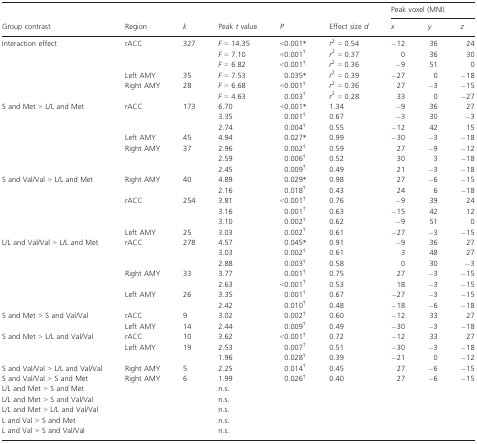
<table><thead><tr><td></td><td></td><td></td><td></td><td></td><td></td><td colspan="3"><b>Peak voxel (MNI)</b></td></tr><tr><td><b>Group contrast</b></td><td><b>Region</b></td><td><b><i>k</i></b></td><td><b>Peak <i>t</i> value</b></td><td><b><i>P</i></b></td><td><b>Effect size <i>d</i></b></td><td><b><i>x</i></b></td><td><b><i>y</i></b></td><td><b><i>z</i></b></td></tr></thead><tbody><tr><td rowspan="6">Interaction effect</td><td rowspan="3">rACC</td><td rowspan="3">327</td><td><i>F</i> =14.35</td><td>&lt;0.001*</td><td><i>r</i><sup>2</sup> = 0.54</td><td>−12</td><td>36</td><td>24</td></tr><tr><td><i>F</i> =7.10</td><td>&lt;0.001†</td><td><i>r</i><sup>2</sup> = 0.37</td><td>0</td><td>36</td><td>30</td></tr><tr><td><i>F</i> =6.82</td><td>&lt;0.001†</td><td><i>r</i><sup>2</sup> = 0.36</td><td>−9</td><td>51</td><td>0</td></tr><tr><td>Left AMY</td><td>35</td><td><i>F</i> =7.53</td><td>0.035*</td><td><i>r</i><sup>2</sup> = 0.39</td><td>−27</td><td>0</td><td>−18</td></tr><tr><td rowspan="2">Right AMY</td><td rowspan="2">28</td><td><i>F</i> =6.68</td><td>&lt;0.001†</td><td><i>r</i><sup>2</sup> = 0.36</td><td>27</td><td>−3</td><td>−15</td></tr><tr><td><i>F</i> =4.63</td><td>0.003†</td><td><i>r</i><sup>2</sup> = 0.28</td><td>33</td><td>0</td><td>−27</td></tr><tr><td rowspan="7">S and Met &gt; L/L and Met</td><td rowspan="3">rACC</td><td rowspan="3">173</td><td>6.70</td><td>&lt;0.001*</td><td>1.34</td><td>−9</td><td>36</td><td>27</td></tr><tr><td>3.35</td><td>0.001†</td><td>0.67</td><td>−3</td><td>30</td><td>−3</td></tr><tr><td>2.74</td><td>0.004†</td><td>0.55</td><td>−12</td><td>42</td><td>15</td></tr><tr><td>Left AMY</td><td>45</td><td>4.94</td><td>0.027*</td><td>0.99</td><td>−30</td><td>−3</td><td>−18</td></tr><tr><td rowspan="3">Right AMY</td><td rowspan="3">37</td><td>2.96</td><td>0.002†</td><td>0.59</td><td>27</td><td>−9</td><td>−12</td></tr><tr><td>2.59</td><td>0.006†</td><td>0.52</td><td>30</td><td>3</td><td>−18</td></tr><tr><td>2.45</td><td>0.009†</td><td>0.49</td><td>21</td><td>−3</td><td>−18</td></tr><tr><td rowspan="6">S and Val/Val &gt; L/L and Met</td><td rowspan="2">Right AMY</td><td rowspan="2">40</td><td>4.89</td><td>0.029*</td><td>0.98</td><td>27</td><td>−6</td><td>−15</td></tr><tr><td>2.16</td><td>0.018†</td><td>0.43</td><td>24</td><td>6</td><td>−18</td></tr><tr><td rowspan="3">rACC</td><td rowspan="3">254</td><td>3.81</td><td>&lt;0.001†</td><td>0.76</td><td>−9</td><td>39</td><td>24</td></tr><tr><td>3.16</td><td>0.001†</td><td>0.63</td><td>−15</td><td>42</td><td>12</td></tr><tr><td>3.10</td><td>0.002†</td><td>0.62</td><td>−9</td><td>51</td><td>0</td></tr><tr><td>Left AMY</td><td>25</td><td>3.03</td><td>0.002†</td><td>0.61</td><td>−27</td><td>−3</td><td>−15</td></tr><tr><td rowspan="7">L/L and Val/Val &gt; L/L and Met</td><td rowspan="3">rACC</td><td rowspan="3">278</td><td>4.57</td><td>0.045*</td><td>0.91</td><td>−9</td><td>36</td><td>27</td></tr><tr><td>3.03</td><td>0.002†</td><td>0.61</td><td>3</td><td>48</td><td>27</td></tr><tr><td>2.88</td><td>0.003†</td><td>0.58</td><td>0</td><td>30</td><td>−3</td></tr><tr><td rowspan="2">Right AMY</td><td rowspan="2">33</td><td>3.77</td><td>0.001†</td><td>0.75</td><td>27</td><td>−3</td><td>−15</td></tr><tr><td>2.63</td><td>&lt;0.001†</td><td>0.53</td><td>18</td><td>−3</td><td>−15</td></tr><tr><td rowspan="2">Left AMY</td><td rowspan="2">26</td><td>3.35</td><td>0.001†</td><td>0.67</td><td>−27</td><td>−3</td><td>−15</td></tr><tr><td>2.42</td><td>0.010†</td><td>0.48</td><td>−18</td><td>−6</td><td>−18</td></tr><tr><td rowspan="2">S and Met &gt; S and Val/Val</td><td>rACC</td><td>9</td><td>3.02</td><td>0.002†</td><td>0.60</td><td>−12</td><td>33</td><td>27</td></tr><tr><td>Left AMY</td><td>14</td><td>2.44</td><td>0.009†</td><td>0.49</td><td>−30</td><td>−3</td><td>−18</td></tr><tr><td rowspan="3">S and Met &gt; L/L and Val/Val</td><td>rACC</td><td>10</td><td>3.62</td><td>&lt;0.001†</td><td>0.72</td><td>−12</td><td>33</td><td>27</td></tr><tr><td rowspan="2">Left AMY</td><td rowspan="2">19</td><td>2.53</td><td>0.007†</td><td>0.51</td><td>−30</td><td>−3</td><td>−18</td></tr><tr><td>1.96</td><td>0.028†</td><td>0.39</td><td>−21</td><td>0</td><td>−12</td></tr><tr><td>S and Val/Val &gt; L/L and Val/Val</td><td>Right AMY</td><td>5</td><td>2.25</td><td>0.014†</td><td>0.45</td><td>27</td><td>−6</td><td>−15</td></tr><tr><td>S and Val/Val &gt; S and Met</td><td>Right AMY</td><td>6</td><td>1.99</td><td>0.026†</td><td>0.40</td><td>27</td><td>−6</td><td>−15</td></tr><tr><td>L/L and Met &gt; S and Met</td><td></td><td></td><td>n.s.</td><td></td><td></td><td></td><td></td><td></td></tr><tr><td>L/L and Met &gt; S and Val/Val</td><td></td><td></td><td>n.s.</td><td></td><td></td><td></td><td></td><td></td></tr><tr><td>L/L and Met &gt; L/L and Val/Val</td><td></td><td></td><td>n.s.</td><td></td><td></td><td></td><td></td><td></td></tr><tr><td>L and Val &gt; S and Met</td><td></td><td></td><td>n.s.</td><td></td><td></td><td></td><td></td><td></td></tr><tr><td>L and Val &gt; S and Val/Val</td><td></td><td></td><td>n.s.</td><td></td><td></td><td></td><td></td><td></td></tr></tbody></table>